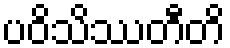
ပဝိသိဿတီတိ